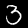
Label: 3